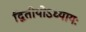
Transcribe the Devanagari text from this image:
द्वितीयोऽध्यायः